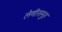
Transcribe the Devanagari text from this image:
लेणीसमुह